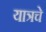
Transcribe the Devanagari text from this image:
यात्रचे